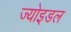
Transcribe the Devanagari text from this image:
ज्योइडल